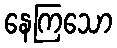
နေကြသော